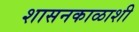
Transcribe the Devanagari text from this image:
शासनकाळाशी